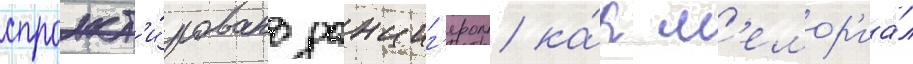
спроект'и́ровано данциг'ером ка́к м'емор'иа́л